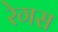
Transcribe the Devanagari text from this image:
रेगस